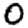
Digit: 0